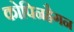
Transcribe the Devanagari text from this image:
कोपिनहैगन